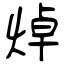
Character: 焯